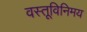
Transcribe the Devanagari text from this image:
वस्तूविनिमय